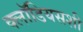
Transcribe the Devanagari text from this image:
क्लॉडियसशी